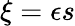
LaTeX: \xi=\epsilon s